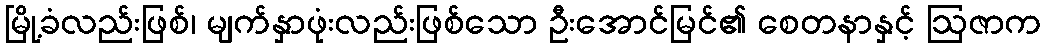
မြို့ခံလည်းဖြစ်၊ မျက်နှာဖုံးလည်းဖြစ်သော ဦးအောင်မြင်၏ စေတနာနှင့် ဩဇာက